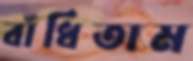
বাঁধিতাম